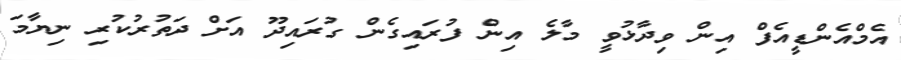
އެމްއެންޑީއެފް އިން ވިދާޅުވީ މާލެ އިން ފުރައިގެން ގުރައިދޫ އަށް ދަތުރުކުރި ނިޔާމަ